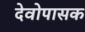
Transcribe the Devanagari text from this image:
देवोपासक